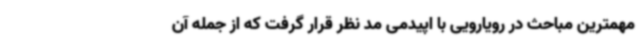
مهمترین مباحث در رویارویی با اپیدمی مد نظر قرار گرفت که از جمله آن